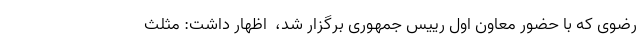
رضوی که با حضور معاون اول رییس جمهوری برگزار شد، ‌ اظهار داشت: مثلث